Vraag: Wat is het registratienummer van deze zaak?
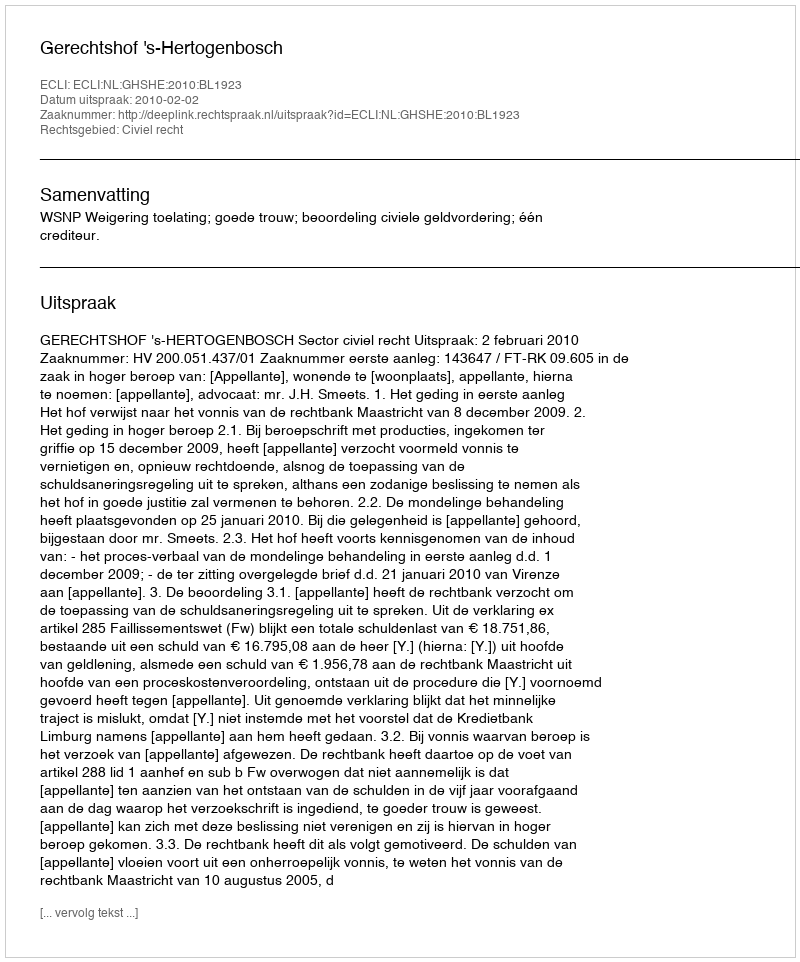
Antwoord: http://deeplink.rechtspraak.nl/uitspraak?id=ECLI:NL:GHSHE:2010:BL1923